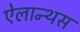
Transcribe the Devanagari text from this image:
ऐलान्थस